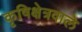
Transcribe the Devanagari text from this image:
कृषिक्षेत्रवाले